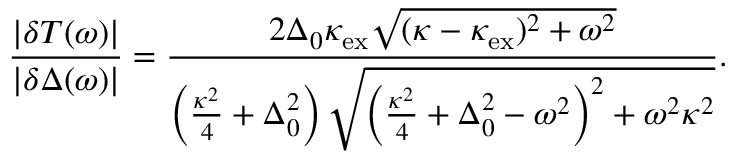
\frac { | \delta T ( \omega ) | } { | \delta \Delta ( \omega ) | } = \frac { 2 \Delta _ { 0 } \kappa _ { \mathrm { e x } } \sqrt { ( \kappa - \kappa _ { \mathrm { e x } } ) ^ { 2 } + \omega ^ { 2 } } } { \left( \frac { \kappa ^ { 2 } } { 4 } + \Delta _ { 0 } ^ { 2 } \right) \sqrt { \left( \frac { \kappa ^ { 2 } } { 4 } + \Delta _ { 0 } ^ { 2 } - \omega ^ { 2 } \right) ^ { 2 } + \omega ^ { 2 } \kappa ^ { 2 } } } .